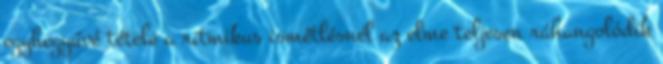
egyhegyűvé tétele a ritmikus ismétlésnél az elme teljesen ráhangolódik